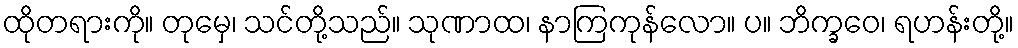
ထိုတရားကို။ တုမှေ၊ သင်တို့သည်။ သုဏာထ၊ နာကြကုန်လော။ ပ။ ဘိက္ခဝေ၊ ရဟန်းတို့။